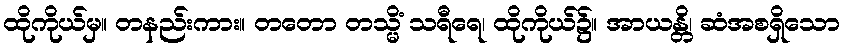
ထိုကိုယ်မှ။ တနည်းကား။ တတော တသ္မိံ သရီရေ၊ ထိုကိုယ်၌။ အာယန္တိ၊ ဆံအစရှိသော